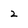
Character: 2